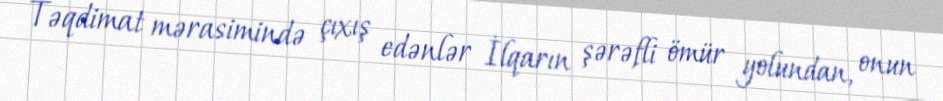
Təqdimat mərasimində çıxış edənlər İlqarın şərəfli ömür yolundan, onun